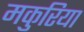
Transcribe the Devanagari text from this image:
मकुरिया